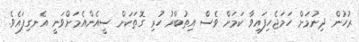
ރުހުން ދިނުމަށް ހަމަޖެހިފައިވާ ކަމަށް ވެސް އިތުބާރު ހުރި ގޮތަކަށް ސީއެންއެމަށްވަނީ އެނގިފައެވެ.